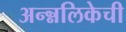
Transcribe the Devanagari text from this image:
अन्न्नलिकेची